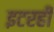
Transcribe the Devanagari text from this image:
इटरही